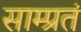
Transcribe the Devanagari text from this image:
साम्प्रतं